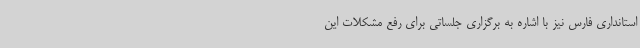
استانداری فارس نیز با اشاره به برگزاری جلساتی برای رفع مشکلات این